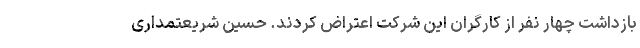
بازداشت چهار نفر از کارگران این شرکت اعتراض کردند. حسین شریعتمداری